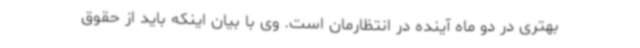
بهتری در دو ماه آینده در انتظارمان است. وی با بیان اینکه باید از حقوق